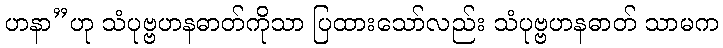
ဟနာ”ဟု သံပုဗ္ဗဟနဓာတ်ကိုသာ ပြထားသော်လည်း သံပုဗ္ဗဟနဓာတ် သာမက